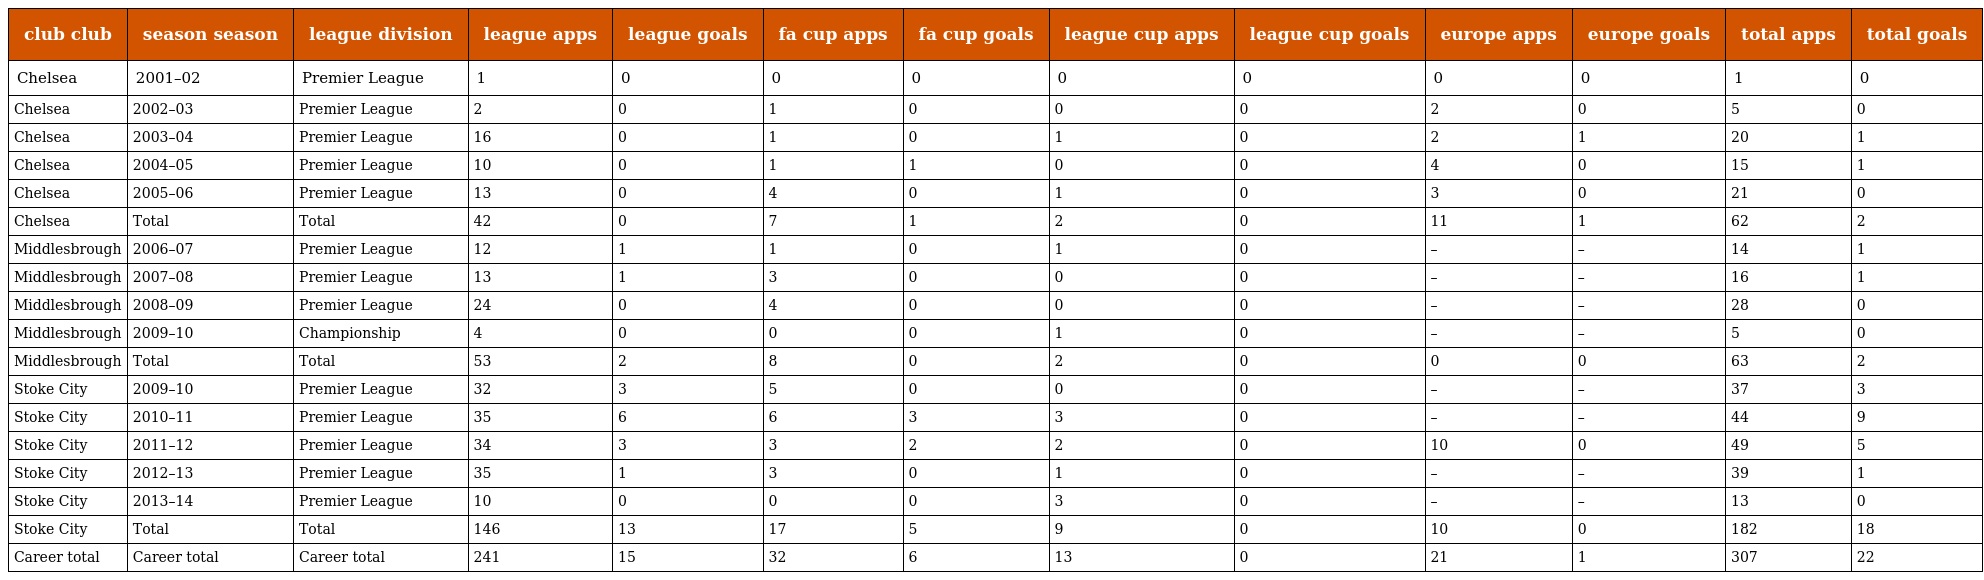
| club club | season season | league division | league apps | league goals | fa cup apps | fa cup goals | league cup apps | league cup goals | europe apps | europe goals | total apps | total goals |
 | --- | --- | --- | --- | --- | --- | --- | --- | --- | --- | --- | --- | --- |
 | Chelsea | 2001–02 | Premier League | 1 | 0 | 0 | 0 | 0 | 0 | 0 | 0 | 1 | 0 |
 | Chelsea | 2002–03 | Premier League | 2 | 0 | 1 | 0 | 0 | 0 | 2 | 0 | 5 | 0 |
 | Chelsea | 2003–04 | Premier League | 16 | 0 | 1 | 0 | 1 | 0 | 2 | 1 | 20 | 1 |
 | Chelsea | 2004–05 | Premier League | 10 | 0 | 1 | 1 | 0 | 0 | 4 | 0 | 15 | 1 |
 | Chelsea | 2005–06 | Premier League | 13 | 0 | 4 | 0 | 1 | 0 | 3 | 0 | 21 | 0 |
 | Chelsea | Total | Total | 42 | 0 | 7 | 1 | 2 | 0 | 11 | 1 | 62 | 2 |
 | Middlesbrough | 2006–07 | Premier League | 12 | 1 | 1 | 0 | 1 | 0 | – | – | 14 | 1 |
 | Middlesbrough | 2007–08 | Premier League | 13 | 1 | 3 | 0 | 0 | 0 | – | – | 16 | 1 |
 | Middlesbrough | 2008–09 | Premier League | 24 | 0 | 4 | 0 | 0 | 0 | – | – | 28 | 0 |
 | Middlesbrough | 2009–10 | Championship | 4 | 0 | 0 | 0 | 1 | 0 | – | – | 5 | 0 |
 | Middlesbrough | Total | Total | 53 | 2 | 8 | 0 | 2 | 0 | 0 | 0 | 63 | 2 |
 | Stoke City | 2009–10 | Premier League | 32 | 3 | 5 | 0 | 0 | 0 | – | – | 37 | 3 |
 | Stoke City | 2010–11 | Premier League | 35 | 6 | 6 | 3 | 3 | 0 | – | – | 44 | 9 |
 | Stoke City | 2011–12 | Premier League | 34 | 3 | 3 | 2 | 2 | 0 | 10 | 0 | 49 | 5 |
 | Stoke City | 2012–13 | Premier League | 35 | 1 | 3 | 0 | 1 | 0 | – | – | 39 | 1 |
 | Stoke City | 2013–14 | Premier League | 10 | 0 | 0 | 0 | 3 | 0 | – | – | 13 | 0 |
 | Stoke City | Total | Total | 146 | 13 | 17 | 5 | 9 | 0 | 10 | 0 | 182 | 18 |
 | Career total | Career total | Career total | 241 | 15 | 32 | 6 | 13 | 0 | 21 | 1 | 307 | 22 |